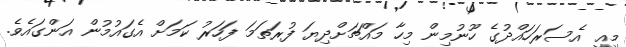
މިއީ އެސަރަހައްދުގެ ހޫނުމިން މިހާ މައްޗަށްދިޔަ ފުރަތަމަ ފަހަރު ކަމަށް އެގައުމުން އަންގައެވެ.